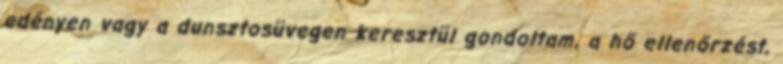
edényen vagy a dunsztosüvegen keresztül gondoltam, a hő ellenőrzést,